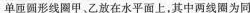
单匝圆形线圈甲、乙放在水平面上，其中两线圈为同